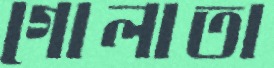
গোলাতা